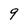
Character: 9